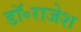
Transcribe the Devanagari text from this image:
डॉ॰राजेश